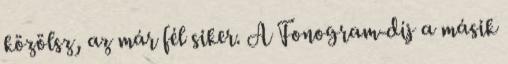
közölsz, az már fél siker. A Fonogram-díj a másik